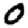
Digit: 0